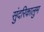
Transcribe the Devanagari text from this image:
सुंदरिकालुम